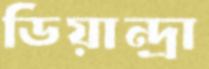
ডিয়ান্দ্রা